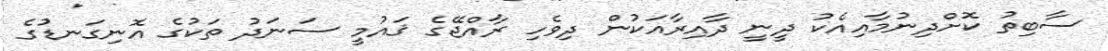
ސާބިތު ކޮށްދިނުމާއިއެކު ދީނީ ދާއިރާއަކުން ދިވެހި ރާއްޖޭގެ ޤައުމީ ސަނަދު ތަކުގެ އޮނިގަނޑުގެ